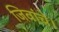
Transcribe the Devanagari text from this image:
जिवांचे।